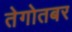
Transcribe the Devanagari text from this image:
तेगोतबर